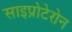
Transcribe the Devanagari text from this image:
साइप्रोटेरोन